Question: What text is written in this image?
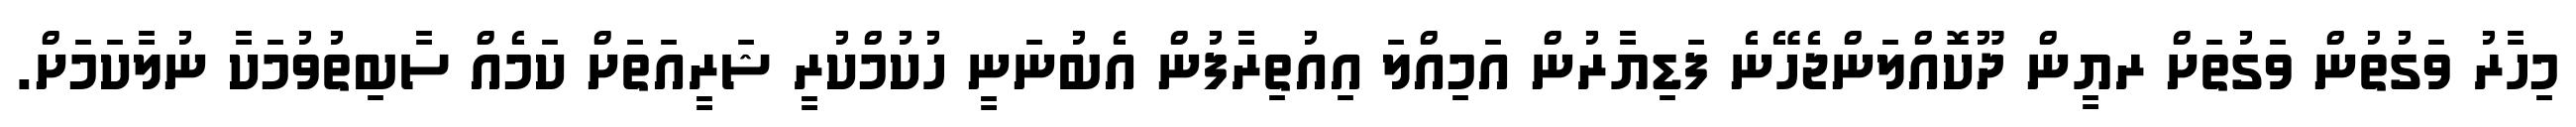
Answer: މިހާރު ވަގުތުން ވަގުތަށް ރޔީން ދޫކޮއްލަންޖެހޭނެ ފަޑިޔާރުން އަމިއްލަ އިއުތިރާފުން އެބުނަނީ ހުކުމްކުރީ ޝަރީއަތަށް ކަމެއް ސާބިތުވުމަކާ ނުލާކަމަށް.